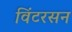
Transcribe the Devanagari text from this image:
विंटरसन